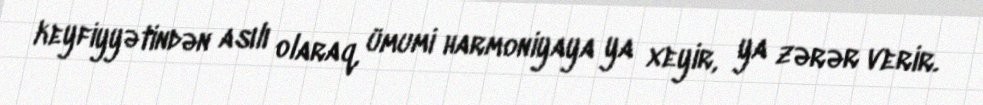
keyfiyyətindən asılı olaraq, ümumi harmoniyaya ya xeyir, ya zərər verir.